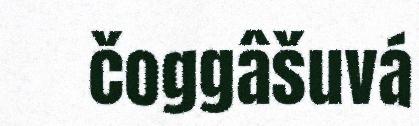
čoggâšuvá